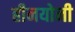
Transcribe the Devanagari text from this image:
हीनयोनी